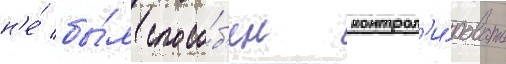
н'е́ бы́л спосо́б'ен контрол'и́ровать